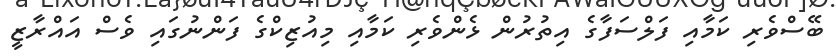
ބޭސްވެރި ކަމާއި ފަލްސަފާގެ އިތުރުން ޅެންވެރި ކަމާއި މިއުޒިކްގެ ފަންނުގައި ވެސް އައްރާޒީ